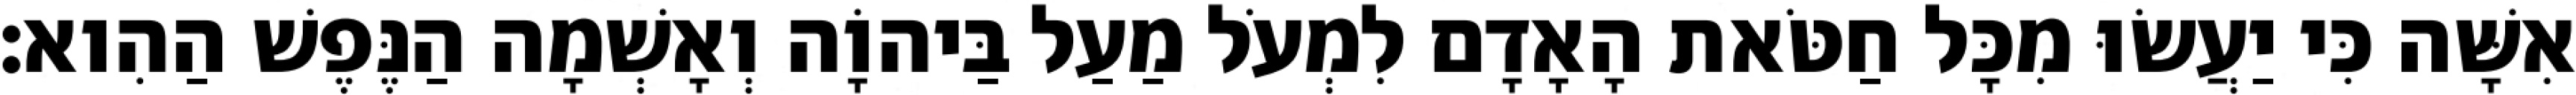
אִשָּׁה כִּי יַעֲשׂוּ מִכָּל חַטֹּאת הָאָדָם לִמְעֹל מַעַל בַּיהוָֹה וְאָשְׁמָה הַנֶּפֶשׁ הַהִוא׃